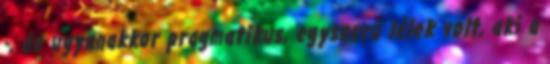
-, de ugyanakkor pragma­ti­kus, egyszerű lélek volt, aki a